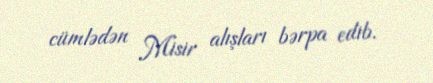
cümlədən Misir alışları bərpa edib.